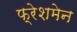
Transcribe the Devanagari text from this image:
फ्रेशमेन